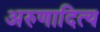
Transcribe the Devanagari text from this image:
अरुणादित्य